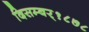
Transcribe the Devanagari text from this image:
दिसम्बर्१८७८